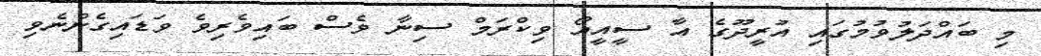
މި ބައްދަލުވުމުގައި އުރީދޫގެ އާ ސީއީއޯ ވިކްރަމް ސިނާ ވެސް ބައިވެރިވެ ވަޑައިގެންނެވި